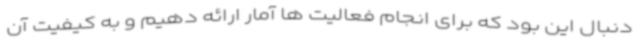
دنبال این بود که برای انجام فعالیت ها آمار ارائه دهیم و به کیفیت آن